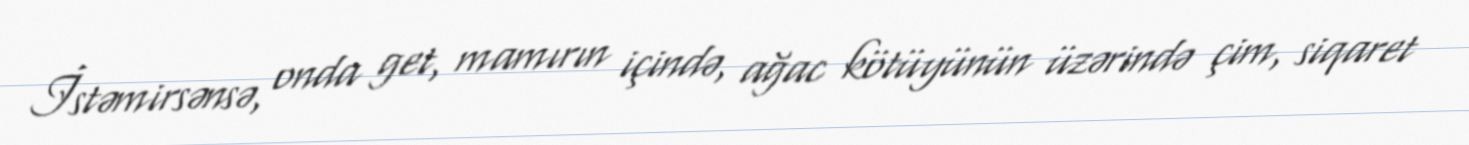
İstəmirsənsə, onda get, mamırın içində, ağac kötüyünün üzərində çim, siqaret